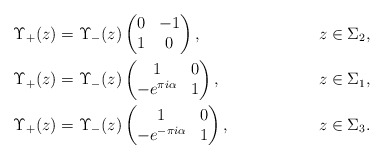
\begin{align*}&\Upsilon_+(z)=\Upsilon_-(z)\begin{pmatrix}0&-1\\1&0\end{pmatrix}, &z\in \Sigma_2,\\&\Upsilon_+(z)=\Upsilon_-(z)\begin{pmatrix}1&0\\-e^{\pi i\alpha}&1\end{pmatrix}, &z\in \Sigma_1,\\&\Upsilon_+(z)=\Upsilon_-(z)\begin{pmatrix}1&0\\-e^{-\pi i\alpha}&1\end{pmatrix}, &z\in \Sigma_3.\end{align*}